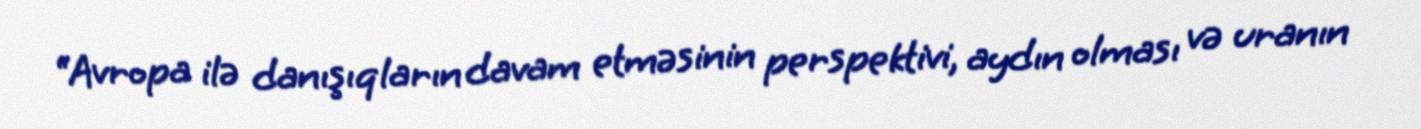
“Avropa ilə danışıqların davam etməsinin perspektivi, aydın olması və uranın